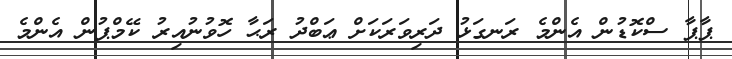
ޕާޕާ ސްކޮޑުން އެންމެ ރަނގަޅު ދަރިވަރަކަށް ޢަބްދު ރަޙާ ހޮވުނުއިރު ކޭމްޕުން އެންމެ